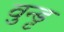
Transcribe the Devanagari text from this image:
वुन्ड्ट